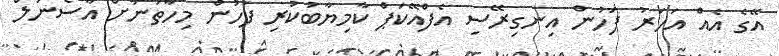
އޭގެ އެއް އަހަރު ފަހުން އިނގިރޭސި އެފްއޭކަޕް ކާމިޔާބުކުރި ފަހުން މިހާތަނަށް އާސެނަލް